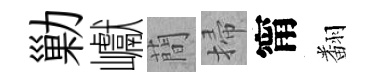
勦巘蕳掃甯翻